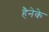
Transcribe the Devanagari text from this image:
हैनेके